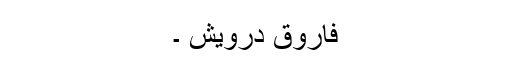
فاروق درویش ۔